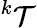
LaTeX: {^k\mathcal{T}}